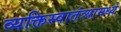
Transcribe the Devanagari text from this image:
व्यक्तिस्वातंत्र्यामध्ये